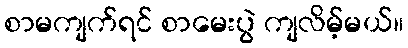
စာမကျက်ရင် စာမေးပွဲ ကျလိမ့်မယ်။